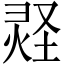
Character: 𪹂